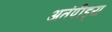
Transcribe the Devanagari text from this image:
अतंपीड्य